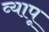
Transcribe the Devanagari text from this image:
व्यापू